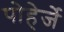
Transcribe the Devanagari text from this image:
पोहेर्जे